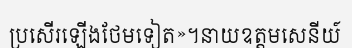
ប្រសើរឡើងថែមទៀត»។នាយឧត្តមសេនីយ៍